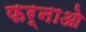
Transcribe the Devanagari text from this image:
फर्नाओ